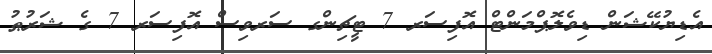
އެޑިޔުކޭޝަން ޑިވެލޮޕްމަންޓް އޮފިސަރ 7 ޓީޗިންގ ސަރވިސް އޮފިސަރ 7 ގެ ޝަރުޠު